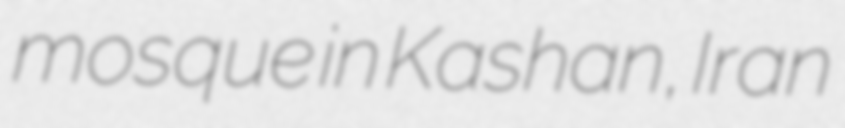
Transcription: mosque in Kashan, Iran